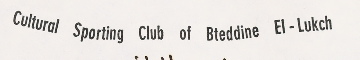
Cultural Sporting Club of Bteddine El-Lukch